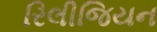
રિલીજિયન